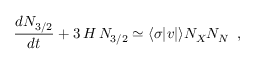
\frac { d N _ { 3 / 2 } } { d t } + 3 \, H \, N _ { 3 / 2 } \simeq \langle \sigma \vert v \vert \rangle N _ { X } N _ { N } \, \, \, ,